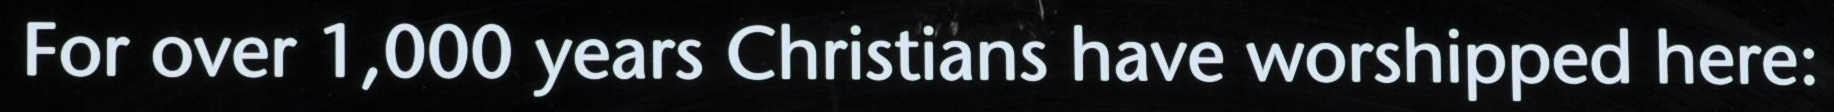
For over 1,000 years Christians have worshipped here: